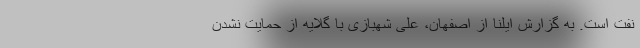
نفت است. به گزارش ایلنا از اصفهان، علی شهبازی با گلایه از حمایت نشدن